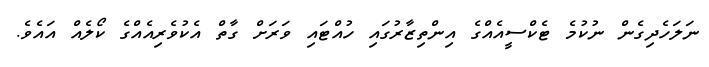
ނަލަހެދިގެން ނުކުމެ ޓެކްސީއެއްގެ އިންތިޒާރުގައި ހުއްޓައި ވަރަށް ގާތް އެކުވެރިއެއްގެ ކޯލެއް އައެވެ.